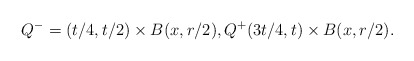
\begin{align*}Q^- = (t/4,t/2) \times B(x,r/2), Q^+(3t/4,t) \times B(x,r/2).\end{align*}